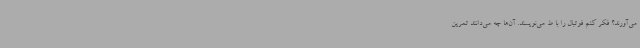
می‌آورند؟ فکر کنم فوتبال را با ط می‌نویسند. آن‌ها چه می‌دانند تمرین